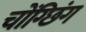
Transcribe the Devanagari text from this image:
चोंग्छिंग